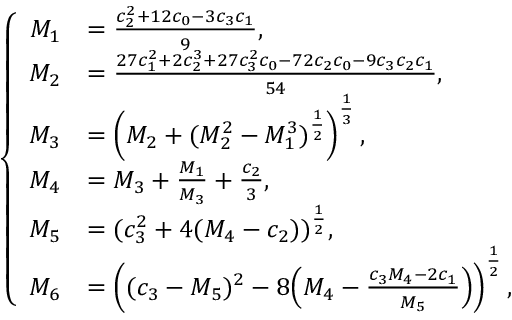
\begin{array} { r } { \left\{ \begin{array} { r l } { M _ { 1 } } & { = \frac { c _ { 2 } ^ { 2 } + 1 2 c _ { 0 } - 3 c _ { 3 } c _ { 1 } } { 9 } , } \\ { M _ { 2 } } & { = \frac { 2 7 c _ { 1 } ^ { 2 } + 2 c _ { 2 } ^ { 3 } + 2 7 c _ { 3 } ^ { 2 } c _ { 0 } - 7 2 c _ { 2 } c _ { 0 } - 9 c _ { 3 } c _ { 2 } c _ { 1 } } { 5 4 } , } \\ { M _ { 3 } } & { = \left( M _ { 2 } + ( M _ { 2 } ^ { 2 } - M _ { 1 } ^ { 3 } ) ^ { \frac { 1 } { 2 } } \right) ^ { \frac { 1 } { 3 } } , } \\ { M _ { 4 } } & { = M _ { 3 } + \frac { M _ { 1 } } { M _ { 3 } } + \frac { c _ { 2 } } { 3 } , } \\ { M _ { 5 } } & { = ( c _ { 3 } ^ { 2 } + 4 ( M _ { 4 } - c _ { 2 } ) ) ^ { \frac { 1 } { 2 } } , } \\ { M _ { 6 } } & { = \left( ( c _ { 3 } - M _ { 5 } ) ^ { 2 } - 8 \Big ( M _ { 4 } - \frac { c _ { 3 } M _ { 4 } - 2 c _ { 1 } } { M _ { 5 } } \Big ) \right) ^ { \frac { 1 } { 2 } } , } \end{array} \right. } \end{array}